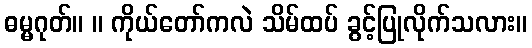
ဓမ္မဂုတ်။ ။ ကိုယ်တော်ကလဲ သိမ်ထပ် ခွင့်ပြုလိုက်သလား။